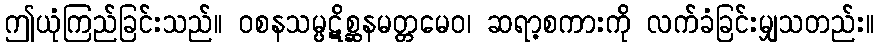
ဤယုံကြည်ခြင်းသည်။ ဝစနသမ္ပဋိစ္ဆနမတ္တမေဝ၊ ဆရာ့စကားကို လက်ခံခြင်းမျှသတည်း။